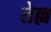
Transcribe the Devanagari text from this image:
तेल्ल